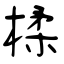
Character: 楺